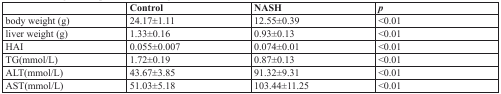
<table><thead><tr><td></td><td><b>Control</b></td><td><b>NASH</b></td><td><b><i>p</i></b></td></tr></thead><tbody><tr><td>body weight (g)</td><td>24.17±1.11</td><td>12.55±0.39</td><td>&lt;0.01</td></tr><tr><td>liver weight (g)</td><td>1.33±0.16</td><td>0.93±0.13</td><td>&lt;0.01</td></tr><tr><td>HAI</td><td>0.055±0.007</td><td>0.074±0.01</td><td>&lt;0.01</td></tr><tr><td>TG(mmol/L)</td><td>1.72±0.19</td><td>0.87±0.13</td><td>&lt;0.01</td></tr><tr><td>ALT(mmol/L)</td><td>43.67±3.85</td><td>91.32±9.31</td><td>&lt;0.01</td></tr><tr><td>AST(mmol/L)</td><td>51.03±5.18</td><td>103.44±11.25</td><td>&lt;0.01</td></tr></tbody></table>